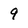
Character: 9